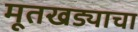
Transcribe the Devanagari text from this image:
मूतखड्याचा